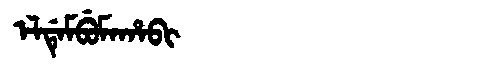
Manchu: ᡝᠯᡩᡝᠮᠪᡠᠮᠠᡥᠠᠪᡳ
Romanization: ELDEMBUMAHABI